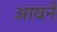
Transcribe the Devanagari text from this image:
आयने